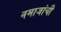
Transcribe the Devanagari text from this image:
नमाजांची